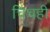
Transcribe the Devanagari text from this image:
चिंचही